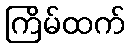
ကြိမ်ထက်